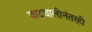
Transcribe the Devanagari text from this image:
वाटचालीनंतरही